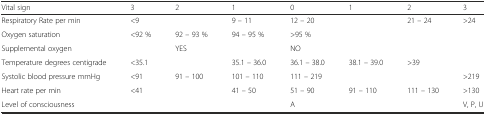
| Vital sign | 3 | 2 | 1 | 0 | 1 | 2 | 3 |
 | --- | --- | --- | --- | --- | --- | --- | --- |
 | Respiratory Rate per min | <9 |  | 9 – 11 | 12 – 20 |  | 21 – 24 | >24 |
 | Oxygen saturation | <92 % | 92 – 93 % | 94 – 95 % | >95 % |  |  |  |
 | Supplemental oxygen |  | YES |  | NO |  |  |  |
 | Temperature degrees centigrade | <35.1 |  | 35.1 – 36.0 | 36.1 – 38.0 | 38.1 – 39.0 | >39 |  |
 | Systolic blood pressure mmHg | <91 | 91 – 100 | 101 – 110 | 111 – 219 |  |  | >219 |
 | Heart rate per min | <41 |  | 41 – 50 | 51 – 90 | 91 – 110 | 111 – 130 | >130 |
 | Level of consciousness |  |  |  | A |  |  | V, P, U |